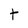
Character: t